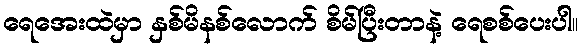
ရေအေးထဲမှာ နှစ်မိနစ်လောက် စိမ်ပြီးတာနဲ့ ရေစစ်ပေးပါ။